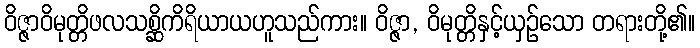
ဝိဇ္ဇာဝိမုတ္တိဖလသစ္ဆိကိရိယာယဟူသည်ကား။ ဝိဇ္ဇာ, ဝိမုတ္တိနှင့်ယှဉ်သော တရားတို့၏။